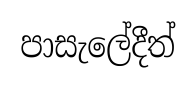
පාසැලේදීත්